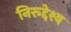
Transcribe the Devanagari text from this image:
निरूद्देश्य